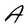
Character: A